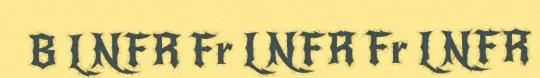
B LNFR Fr LNFR Fr LNFR